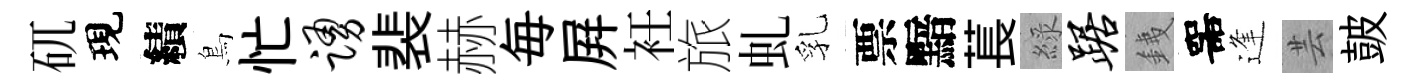
矹現績鳥忙踊裴赫毎屛衽旅虬乳票黯萇綠踞銕噐逢芸皷